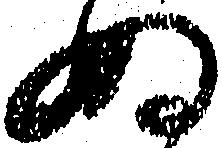
ぬ